Vaccination in Burma 1900-1911 - 1900-1911
Year: 1900
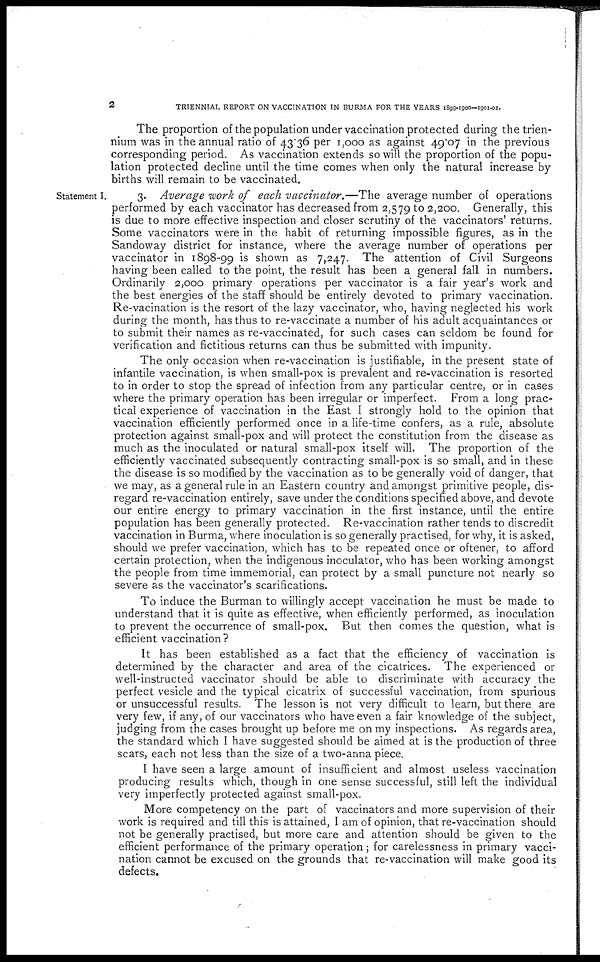
2
TRIENNIAL REPORT ON VACCINATION IN BURMA FOR THE YEARS 1899-1900-1901-02.
The proportion of the population under vaccination protected during the trien-
nium was in the annual ratio of 43.36 per 1,000 as against 49.07 in the previous
corresponding period. As vaccination extends so will the proportion of the popu-
lation protected decline until the time comes when only the natural increase by
births will remain to be vaccinated.
Statement I.
3. Average work of each vaccinator.—The average number of operations
performed by each vaccinator has decreased from 2,579 to 2,200. Generally, this
is due to more effective inspection and closer scrutiny of the vaccinators' returns.
Some vaccinators were in the habit of returning impossible figures, as in the
Sandoway district for instance, where the average number of operations per
vaccinator in 1898-99 is shown as 7,247. The attention of Civil Surgeons
having been called to the point, the result has been a general fall in numbers.
Ordinarily 2,000 primary operations per vaccinator is a fair year's work and
the best energies of the staff should be entirely devoted to primary vaccination.
Re-vacination is the resort of the lazy vaccinator, who, having neglected his work
during the month, has thus to re-vaccinate a number of his adult acquaintances or
to submit their names as re-vaccinated, for such cases can seldom be found for
verification and fictitious returns can thus be submitted with impunity.
The only occasion when re-vaccination is justifiable, in the present state of
infantile vaccination, is when small-pox is prevalent and re-vaccination is resorted
to in order to stop the spread of infection from any particular centre, or in cases
where the primary operation has been irregular or imperfect. From a long prac-
tical experience of vaccination in the East I strongly hold to the opinion that
vaccination efficiently performed once in a life-time confers, as a rule, absolute
protection against small-pox and will protect the constitution from the disease as
much as the inoculated or natural small-pox itself will. The proportion of the
efficiently vaccinated subsequently contracting small-pox is so small, and in these
the disease is so modified by the vaccination as to be generally void of danger, that
we may, as a general rule in an Eastern country and amongst primitive people, dis-
regard re-vaccination entirely, save under the conditions specified above, and devote
our entire energy to primary vaccination in the first instance, until the entire
population has been generally protected. Re-vaccination rather tends to discredit
vaccination in Burma, where inoculation is so generally practised, for why, it is asked,
should we prefer vaccination, which has to be repeated once or oftener, to afford
certain protection, when the indigenous inoculator, who has been working amongst
the people from time immemorial, can protect by a small puncture not nearly so
severe as the vaccinator's scarifications.
To induce the Burman to willingly accept vaccination he must be made to
understand that it is quite as effective, when efficiently performed, as inoculation
to prevent the occurrence of small-pox. But then comes the question, what is
efficient vaccination?
It has been established as a fact that the efficiency of vaccination is
determined by the character and area of the cicatrices. The experienced or
well-instructed vaccinator should be able to discriminate with accuracy the
perfect vesicle and the typical cicatrix of successful vaccination, from spurious
or unsuccessful results. The lesson is not very difficult to learn, but there are
very few, if any, of our vaccinators who have even a fair knowledge of the subject,
judging from the cases brought up before me on my inspections. As regards area,
the standard which I have suggested should be aimed at is the production of three
scars, each not less than the size of a two-anna piece.
I have seen a large amount of insufficient and almost useless vaccination
producing results which, though in one sense successful, still left the individual
very imperfectly protected against small-pox.
More competency on the part of vaccinators and more supervision of their
work is required and till this is attained, I am of opinion, that re-vaccination should
not be generally practised, but more care and attention should be given to the
efficient performance of the primary operation; for carelessness in primary vacci-
nation cannot be excused on the grounds that re-vaccination will make good its
defects.